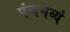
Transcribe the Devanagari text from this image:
पंचगव्यं